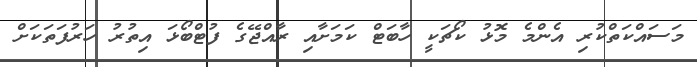
މަސައްކަތްކުރި އެންމެ މޮޅު ކޯޗަކީ ހާބަޓް ކަމަށާއި ރާއްޖޭގެ ފުޓްބޯޅަ އިތުރު ހަރުފަތަކަށް